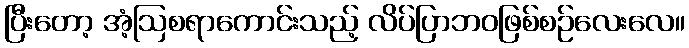
ပြီးတော့ အံ့ဩစရာကောင်းသည့် လိပ်ပြာဘဝဖြစ်စဉ်လေးလေ။